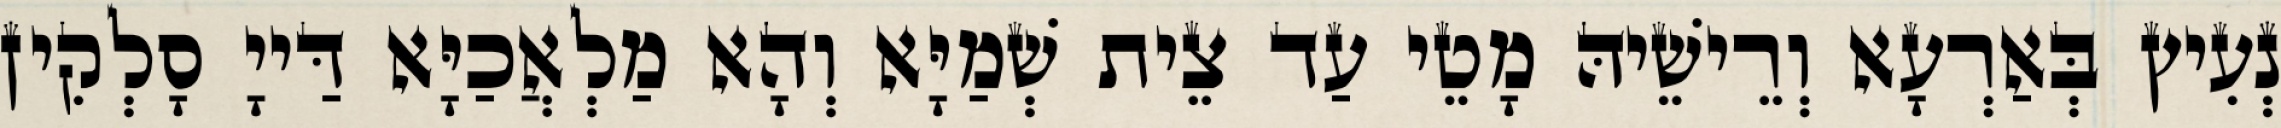
נְעִיץ בְּאַרְעָא וְרֵישֵׁיהּ מָטֵי עַד צֵית שְׁמַיָּא וְהָא מַלְאֲכַיָּא דַּייָ סָלְקִין